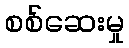
စစ်ဆေးမှု